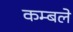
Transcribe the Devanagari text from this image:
कम्बले